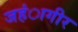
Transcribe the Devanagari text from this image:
जहंागीर